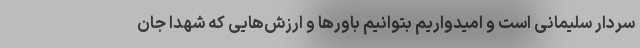
سردار سلیمانی است و امیدواریم بتوانیم باورها و ارزش‌هایی که شهدا جان